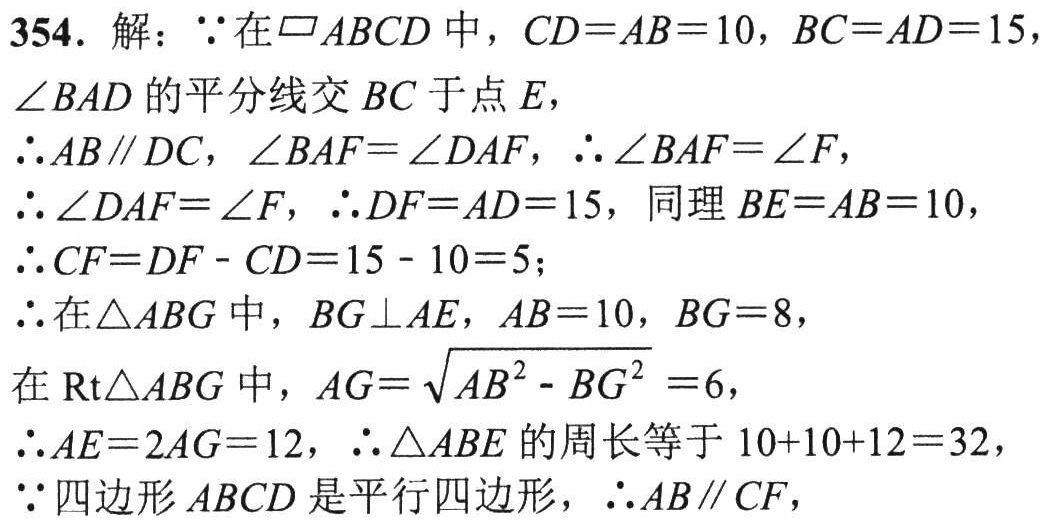
354. 解：$\because$在$\square ABCD$中，$CD = AB = 10$，$BC = AD = 15$，

$\angle BAD$的平分线交$BC$于点$E$，

$\therefore AB\parallel DC$，$\angle BAF=\angle DAF$，$\therefore \angle BAF=\angle F$，

$\therefore \angle DAF=\angle F$，$\therefore DF = AD = 15$，同理$BE = AB = 10$，

$\therefore CF=DF - CD=15 - 10 = 5$；

$\therefore$在$\triangle ABG$中，$BG\perp AE$，$AB = 10$，$BG = 8$，

在$\text{Rt}\triangle ABG$中，$AG=\sqrt{AB^{2}-BG^{2}} = 6$，

$\therefore AE = 2AG = 12$，$\therefore \triangle ABE$的周长等于$10 + 10+12 = 32$，

$\because$四边形$ABCD$是平行四边形，$\therefore AB\parallel CF$，